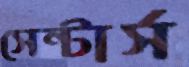
সেন্টার্স